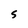
Character: S